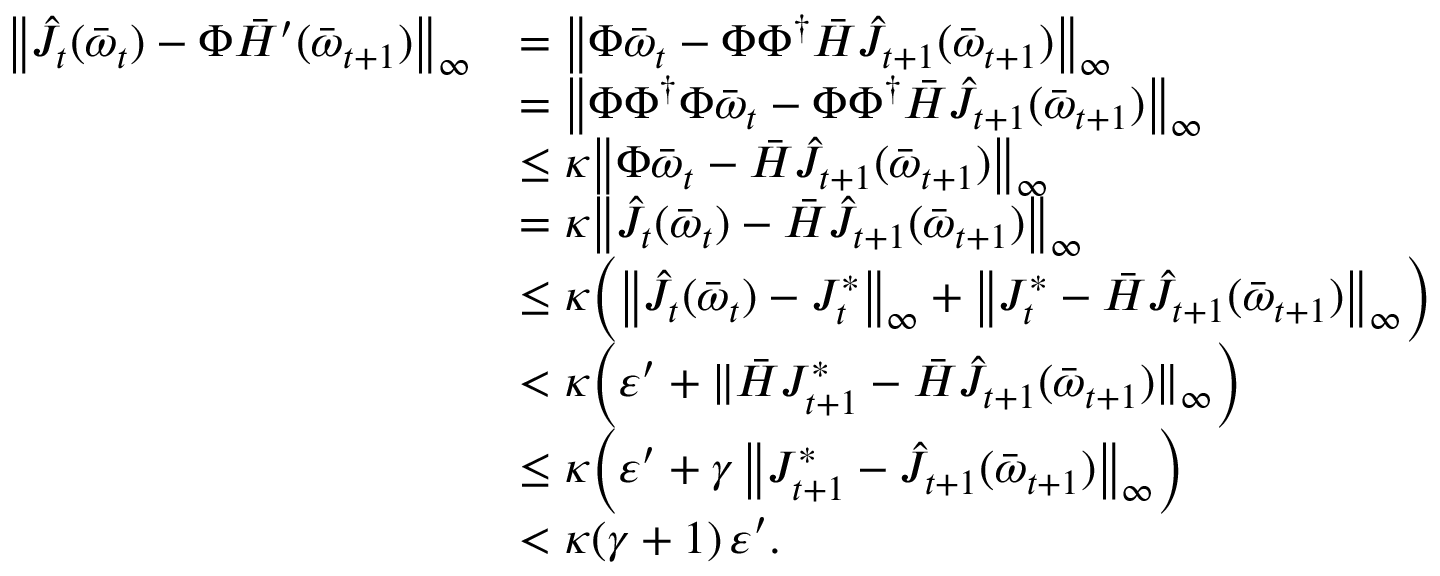
\begin{array} { r l } { \bigl \| \hat { J } _ { t } ( \bar { \boldsymbol { \omega } } _ { t } ) - \Phi \bar { H } ^ { \prime } ( \bar { \boldsymbol { \omega } } _ { t + 1 } ) \bigr \| _ { \infty } } & { = \bigl \| \Phi \bar { \boldsymbol { \omega } } _ { t } - \Phi \Phi ^ { \dagger } \bar { H } \hat { J } _ { t + 1 } ( \bar { \boldsymbol { \omega } } _ { t + 1 } ) \bigr \| _ { \infty } } \\ & { = \bigl \| \Phi \Phi ^ { \dagger } \Phi \bar { \boldsymbol { \omega } } _ { t } - \Phi \Phi ^ { \dagger } \bar { H } \hat { J } _ { t + 1 } ( \bar { \boldsymbol { \omega } } _ { t + 1 } ) \bigr \| _ { \infty } } \\ & { \leq \kappa \bigl \| \Phi \bar { \boldsymbol { \omega } } _ { t } - \bar { H } \hat { J } _ { t + 1 } ( \bar { \boldsymbol { \omega } } _ { t + 1 } ) \bigr \| _ { \infty } } \\ & { = \kappa \bigl \| \hat { J } _ { t } ( \bar { \boldsymbol { \omega } } _ { t } ) - \bar { H } \hat { J } _ { t + 1 } ( \bar { \boldsymbol { \omega } } _ { t + 1 } ) \bigr \| _ { \infty } } \\ & { \leq \kappa \Bigl ( \bigl \| \hat { J } _ { t } ( \bar { \boldsymbol { \omega } } _ { t } ) - J _ { t } ^ { * } \bigr \| _ { \infty } + \bigl \| J _ { t } ^ { * } - \bar { H } \hat { J } _ { t + 1 } ( \bar { \boldsymbol { \omega } } _ { t + 1 } ) \bigr \| _ { \infty } \Bigr ) } \\ & { < \kappa \Bigl ( \varepsilon ^ { \prime } + \| \bar { H } J _ { t + 1 } ^ { * } - \bar { H } \hat { J } _ { t + 1 } ( \bar { \boldsymbol { \omega } } _ { t + 1 } ) \| _ { \infty } \Bigr ) } \\ & { \leq \kappa \Bigl ( \varepsilon ^ { \prime } + \gamma \, \bigl \| J _ { t + 1 } ^ { * } - \hat { J } _ { t + 1 } ( \bar { \boldsymbol { \omega } } _ { t + 1 } ) \bigr \| _ { \infty } \Bigr ) } \\ & { < \kappa ( \gamma + 1 ) \, \varepsilon ^ { \prime } . } \end{array}